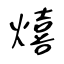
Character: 熺